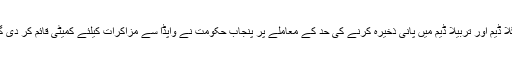
منگلا ڈیم اور تربیلا ڈیم میں پانی ذخیرہ کرنے کی حد کے معاملے پر پنجاب حکومت نے واپڈا سے مزاکرات کیلئے کمیٹی قائم کر دی گئی۔